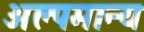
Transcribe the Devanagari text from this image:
अल्पमान्य